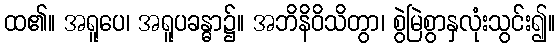
ထ၏။ အရူပေ၊ အရူပခန္ဓာ၌။ အဘိနိဝိသိတွာ၊ စွဲမြဲစွာနှလုံးသွင်း၍။